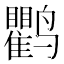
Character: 𬸱